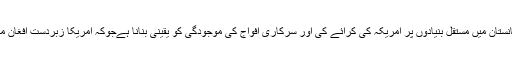
اس کوشش کا مقصد سیاسی معاہدے کے ذریعے افغانستان میں مستقل بنیادوں پر امریکہ کی کرائے کی اور سرکاری افواج کی موجودگی کو یقینی بنانا ہےجوکہ امریکا زبردست افغان مزاحمت سے لڑ کر کسی صورت یقینی نہیں بنا سکتا۔